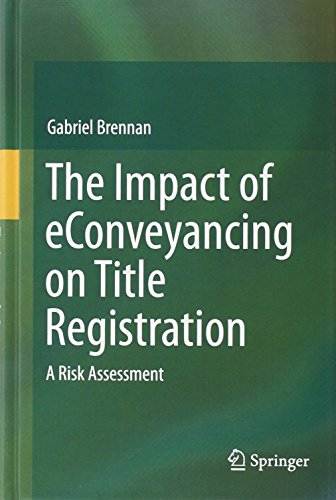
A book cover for The Impact of eConveyancing on Title Registration: A Risk Assessment; Gabriel Brennan; Law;